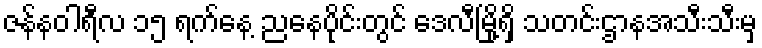
ဇန်နဝါရီလ ၁၅ ရက်နေ့ ညနေပိုင်းတွင် ဒေလီမြို့ရှိ သတင်းဌာနအသီးသီးမှ